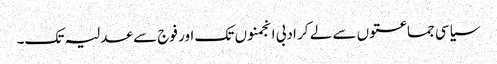
سیاسی جماعتوں سے لے کر ادبی انجمنوں تک اور فوج سے عدلیہ تک۔